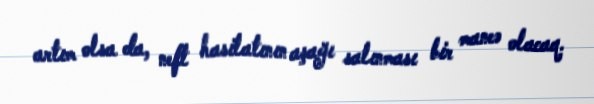
artım olsa da, neft hasilatının aşağı salınması bir maneə olacaq.